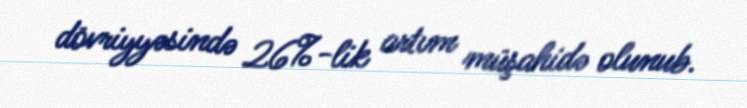
dövriyyəsində 26%-lik artım müşahidə olunub.